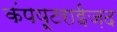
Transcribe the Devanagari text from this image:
कंपयूटराईज़द